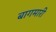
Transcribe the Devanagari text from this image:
बागमारी